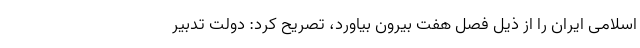
اسلامی ایران را از ذیل فصل هفت بیرون بیاورد، تصریح کرد: دولت تدبیر